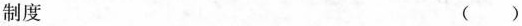
制度 ( )